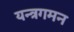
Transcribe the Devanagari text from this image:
यन्त्रगमन